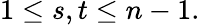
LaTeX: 1\leq s,t\leq n-1.